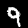
Digit: 9